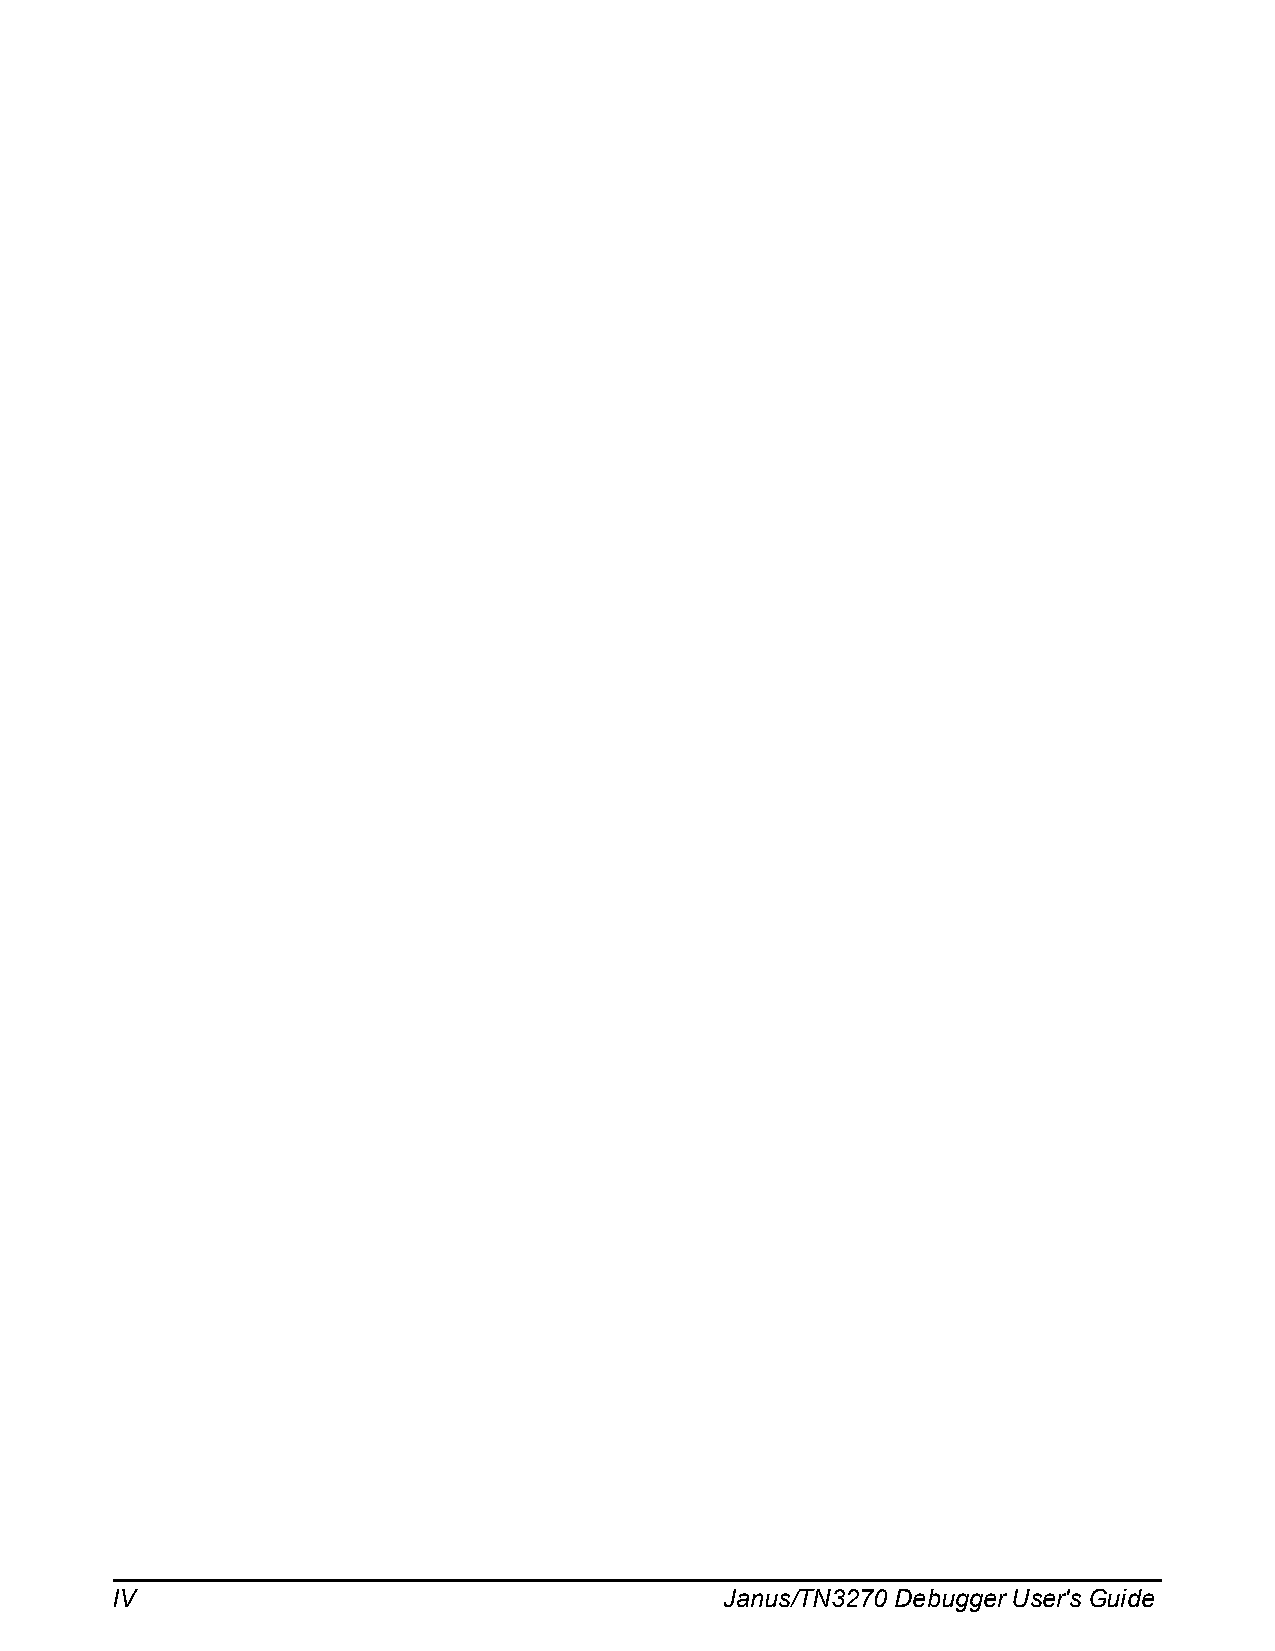
IV                                       Janus/TN3270 Debugger User's Guide